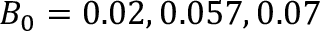
B _ { 0 } = 0 . 0 2 , 0 . 0 5 7 , 0 . 0 7